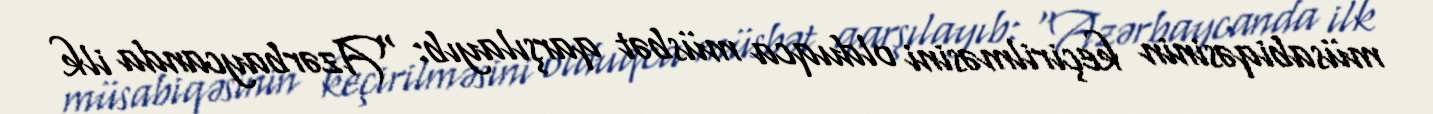
müsabiqəsinin keçirilməsini olduqca müsbət qarşılayıb: “Azərbaycanda ilk